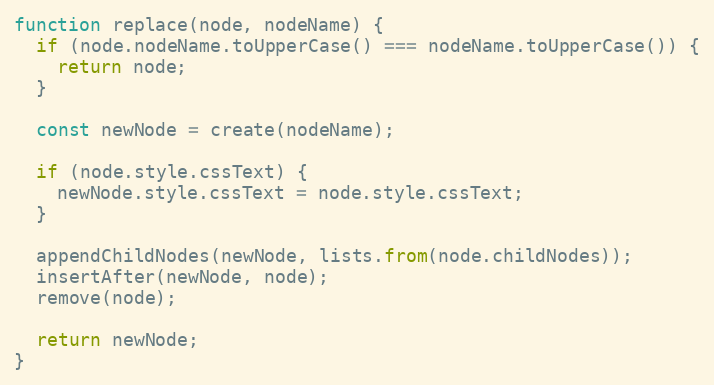
Language: JavaScript
function replace(node, nodeName) {
  if (node.nodeName.toUpperCase() === nodeName.toUpperCase()) {
    return node;
  }

  const newNode = create(nodeName);

  if (node.style.cssText) {
    newNode.style.cssText = node.style.cssText;
  }

  appendChildNodes(newNode, lists.from(node.childNodes));
  insertAfter(newNode, node);
  remove(node);

  return newNode;
}